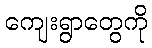
ကျေးရွာတွေကို